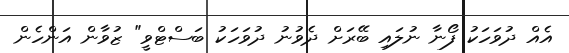
އެއް ދުވަހަކު ފޯނާ ނުލައި ބޭރަށް ދެވުނު ދުވަހަކު ބަސްޓްވީ" ޒުވާން އަންހެން